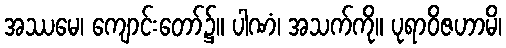
အဿမေ၊ ကျောင်းတော်၌။ ပါဏံ၊ အသက်ကို။ ပုရာဝိဇဟာမိ၊